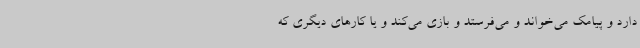
دارد و پیامک می‌خواند و می‌فرستد و بازی می‌کند و یا کارهای دیگری که